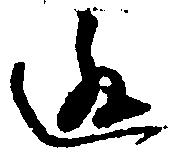
逃